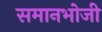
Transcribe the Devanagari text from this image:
समानभोजी